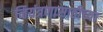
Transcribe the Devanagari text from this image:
नियंत्रणासाठीच्या